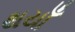
થયાઁ